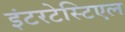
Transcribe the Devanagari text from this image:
इंटरटेस्टिएल